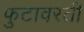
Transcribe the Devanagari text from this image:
फुटावरती